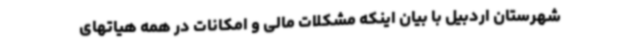
شهرستان اردبیل با بیان اینکه مشکلات مالی و امکانات در همه هیاتهای